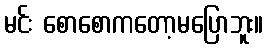
မင်း စောစောကတော့မပြောဘူး။